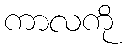
ကာလကို